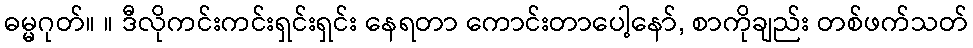
ဓမ္မဂုတ်။ ။ ဒီလိုကင်းကင်းရှင်းရှင်း နေရတာ ကောင်းတာပေါ့နော်, စာကိုချည်း တစ်ဖက်သတ်